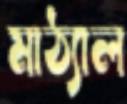
মাঠ্যাল